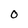
Character: 0